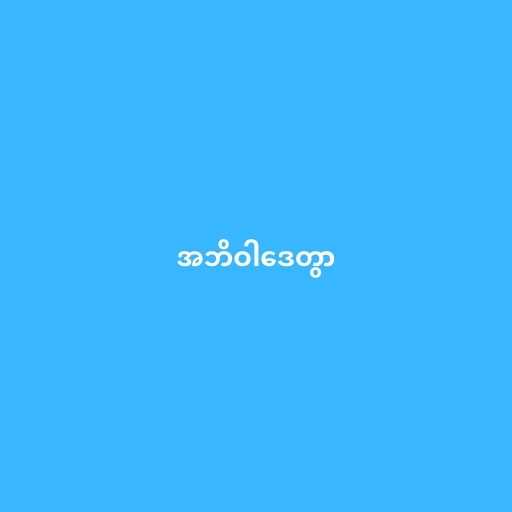
အဘိဝါဒေတွာ